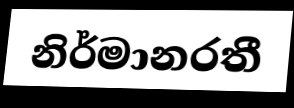
නිර්මානරතී